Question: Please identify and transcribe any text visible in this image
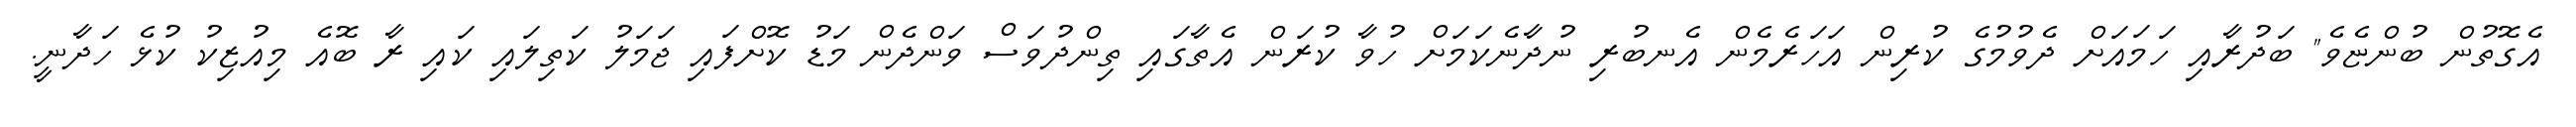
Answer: އެގޮތުން ބުންޏެވެ" ބަދުރާއި ހަމައަށް ދެވުމުގެ ކުރިން އަހަރެމެން އެނބުރި ނުދާނެކަމަށް ހުވާ ކުރަން އެތާގައި ތިންދުވަސް ވަންދެން މަޑު ކޮށްފައި ޖަމަލު ކަތިލައި ކައި ރާ ބޮއެ މިއުޒިކު ކުޅެ ހަދާނީ.